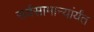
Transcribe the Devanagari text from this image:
सर्वसामान्यांर्यंत